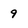
Character: 9